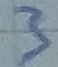
Text: 3